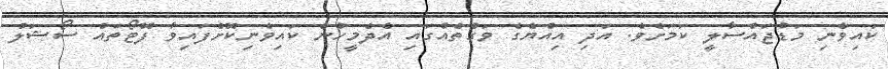
ކައިވެނި މަޑުޖައްސާލީ ކަމަށެވެ. އަދި އިއްޔެގެ ވަގުތެއްގައި އެދެމީހުން ކައިވެނިކޮށްފައިވާ ފޮޓޯތައް ސޯޝަލް